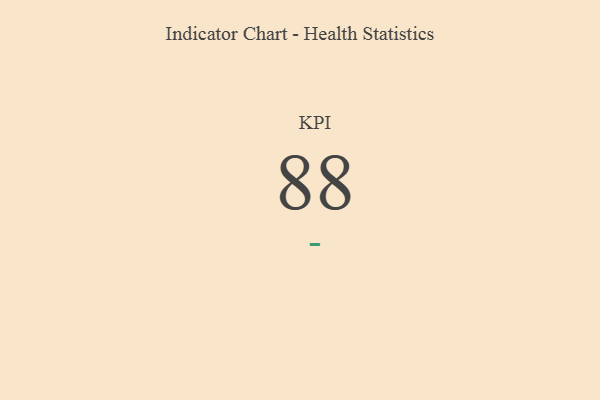
{"axis": {"x": "KPI", "y": "Value"}, "legend": [""], "data": [{"x": "KPI", "y": 88, "type": ""}]}